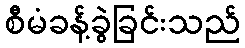
စီမံခန့်ခွဲခြင်းသည်